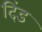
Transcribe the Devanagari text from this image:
दिंड